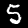
Digit: 5